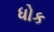
ધોક